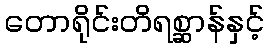
တောရိုင်းတိရစ္ဆာန်နှင့်